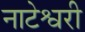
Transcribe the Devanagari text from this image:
नाटेश्वरी